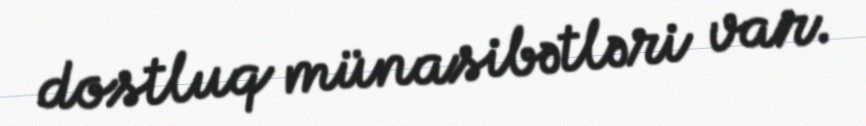
dostluq münasibətləri var.